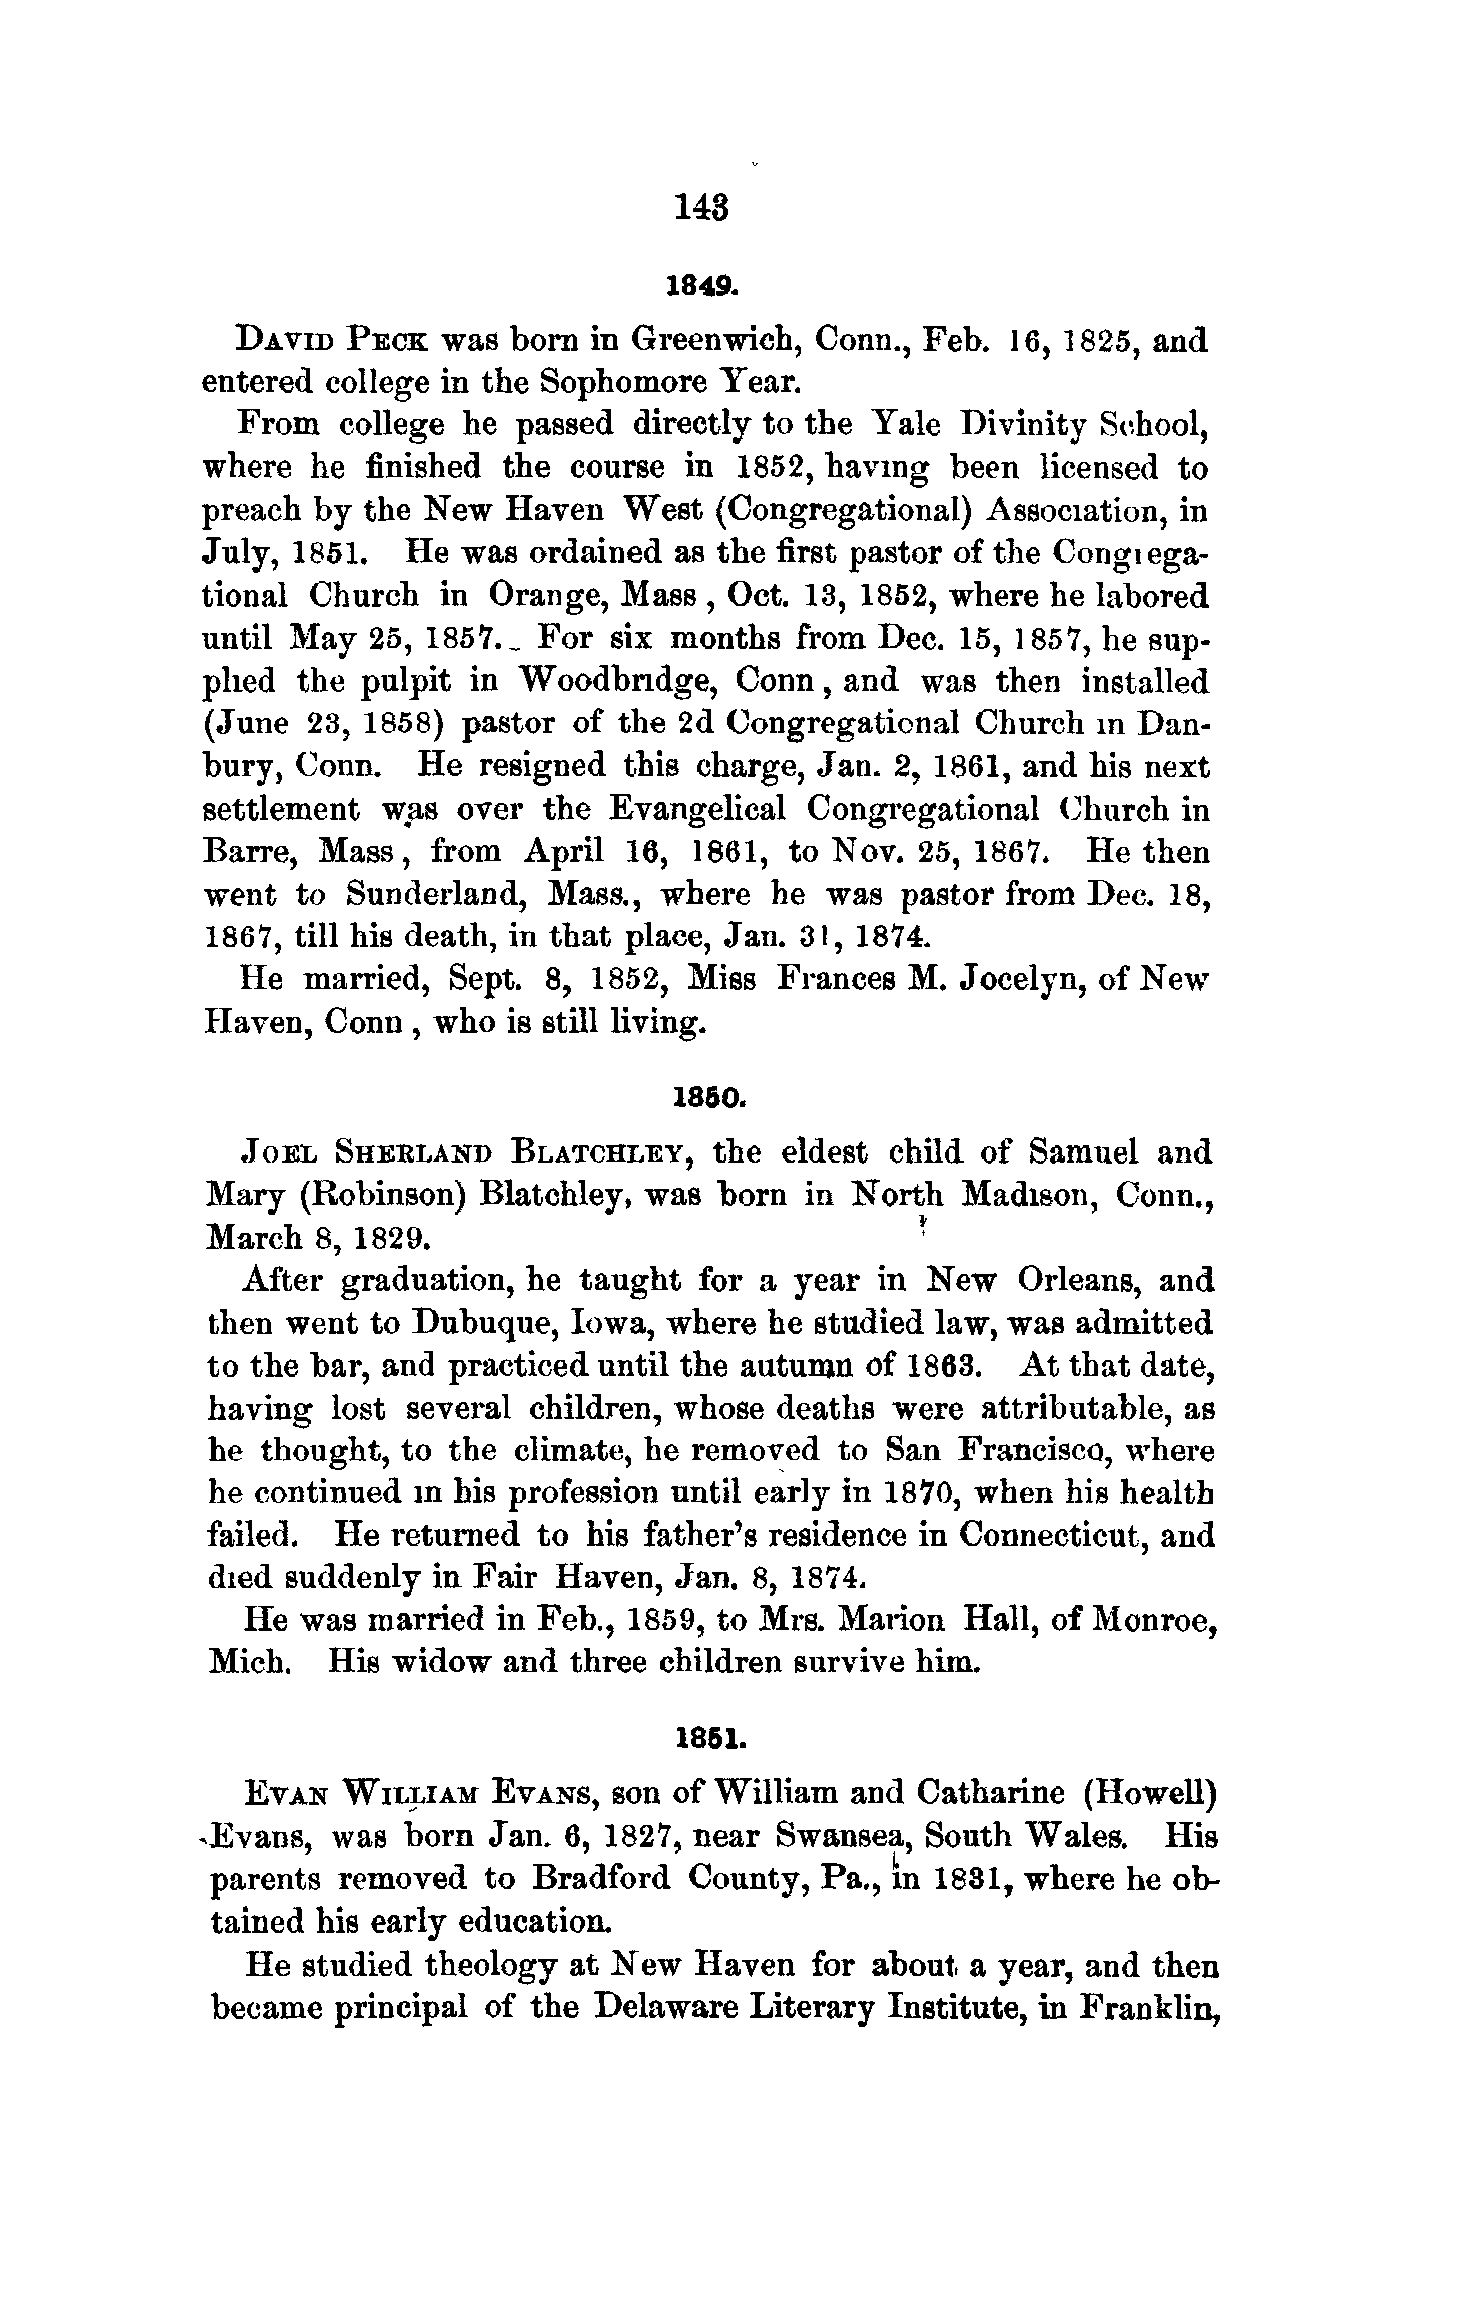
143
 1849.
 DAVID  PECK  was  born in Greenwich,  Conn., Feb.  16, 1825, and
 entered  college in the Sophomore  Year.
 From  college  he passed  directly to the Yale Divinity  School,
 where   he finished the  course in  1852, having  been  licensed to
 preach  by the New  Haven   West  (Congregational)  Association, in
 July, 1851,   He was  ordained  as the first pastor of the Congiega-
 tional Church   in Orange,  Mass  , Oct. 13, 1852, where he labored
 until May  25, 1857.^  For six months   from Dec.  15, 1857, he sup-
 plied  the pulpit in Woodbndge,     Conn,  and  was  then  installed
 (June 23, 1858)  pastor of the 2d Congregational   Church  in Dan-
 bury,  Conn.   He  resigned this charge, Jan. 2, 1861, and his next
 settlement  w/is over  the Evangelical  Congregational   Church  in
 Barre,  Mass,  from   April 16,  1861, to Nov.  25, 1867.  He  then
 went   to Sunderland,  Mass.,  where  he  was  pastor from Dec. 18,
 1867, till his death, in that place, Jan. 31, 1874.
 He  married,  Sept. 8, 1852,  Miss  Frances M.  Jocelyn, of New
 Haven, Conn  , who  is still living.
 1860.
 JOEL  SHEKLAND    BLATCHLEY,   the  eldest child of Samuel   and
 Mary  (Robinson)  Blatchley, was born  in North   Madison,  Conn.,
 March  8, 1829.                                '
 After  graduation, he taught  for a year  in New   Orleans,  and
 then went  to Dubuque,  Iowa, where  he studied law, was admitted
 to the bar, and practiced until the autumn of 1863.  At  that date,
 having  lost several children, whose deaths  were  attributable, as
 he thought, to  the climate, he removed  to San  Francisco, where
 he continued in his profession until early in 1870, when his health
 failed. He  returned  to his father's residence in Connecticut, and
 died suddenly  in Fair Haven,  Jan. 8, 1874.
 He  was married  in Feb., 1859, to Mrs. Marion  Hall, of Monroe,
 Mich.   His widow  and  three children survive him.
 1861.
 EVAN   WILLIAM  EVANS,  son  of William and  Catharine  (Howell)
 -Evans,  was  born Jan. 6, 1827, near Swansea,  South  Wales.   His
 parents removed   to Bradford   County, Pa., in 1831, where he ob-
 tained his early education.
 He  studied theology  at New  Haven   for about a year, and then
 became  principal of the Delaware   Literary Institute, in Franklin,